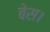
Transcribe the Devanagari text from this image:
बेस।